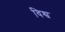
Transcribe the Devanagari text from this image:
विश्व